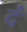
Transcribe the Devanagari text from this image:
दं